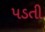
પડતી